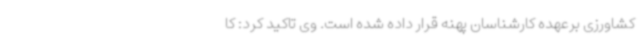
کشاورزی برعهده کارشناسان پهنه قرار داده شده است. وی تاکید کرد: کا